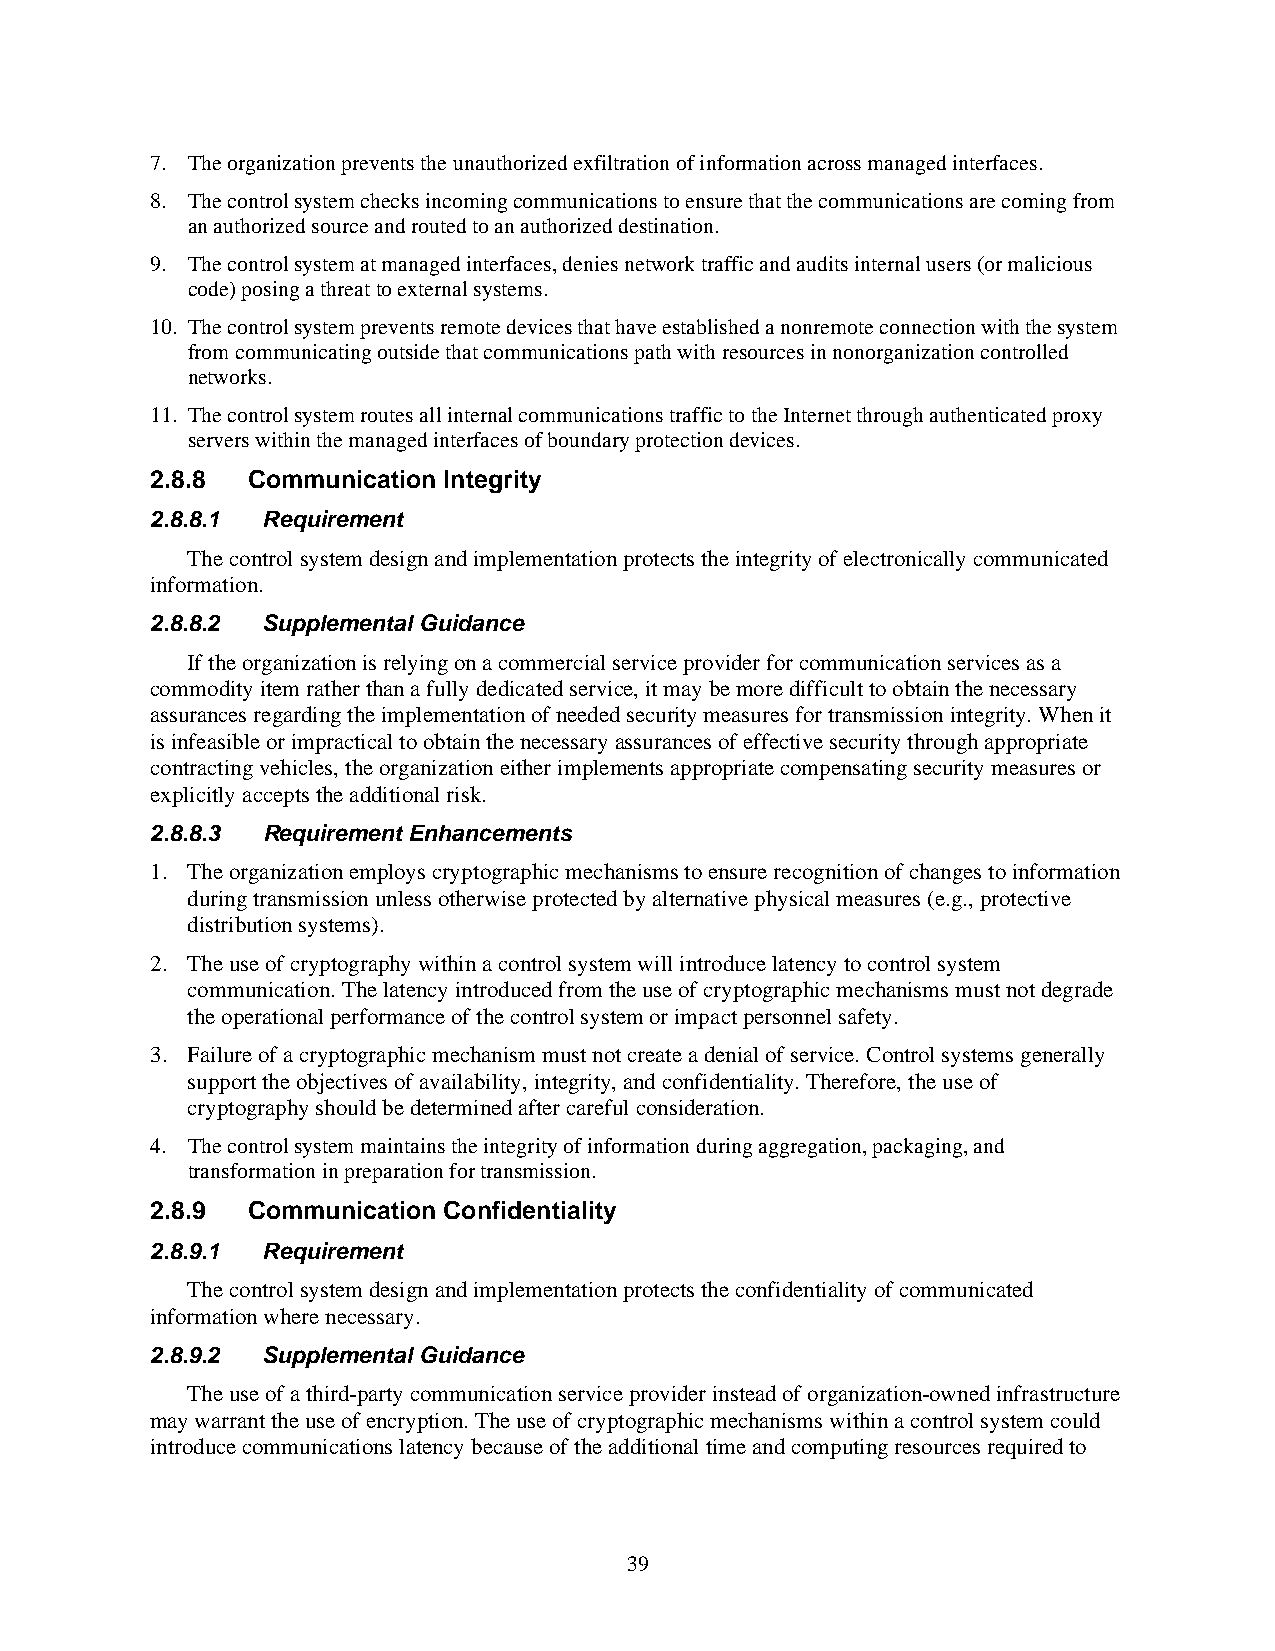
7. The organization prevents the unauthorized exfiltration of information across managed interfaces.
 8. The control system checks incoming communications to ensure that the communications are coming from
 an authorized source and routed to an authorized destination.
 9. The control system at managed interfaces, denies network traffic and audits internal users (or malicious
 code) posing a threat to external systems.
 10. The control system prevents remote devices that have established a nonremote connection with the system
 from communicating outside that communications path with resources in nonorganization controlled
 networks.
 11. The control system routes all internal communications traffic to the Internet through authenticated proxy
 servers within the managed interfaces of boundary protection devices.
 2.8.8 Communication Integrity
 2.8.8.1 Requirement
 The control system design and implementation protects the integrity of electronically communicated
 information.
 2.8.8.2 Supplemental Guidance
 If the organization is relying on a commercial service provider for communication services as a
 commodity item rather than a fully dedicated service, it may be more difficult to obtain the necessary
 assurances regarding the implementation of needed security measures for transmission integrity. When it
 is infeasible or impractical to obtain the necessary assurances of effective security through appropriate
 contracting vehicles, the organization either implements appropriate compensating security measures or
 explicitly accepts the additional risk.
 2.8.8.3 Requirement Enhancements
 1. The organization employs cryptographic mechanisms to ensure recognition of changes to information
 during transmission unless otherwise protected by alternative physical measures (e.g., protective
 distribution systems).
 2. The use of cryptography within a control system will introduce latency to control system
 communication. The latency introduced from the use of cryptographic mechanisms must not degrade
 the operational performance of the control system or impact personnel safety.
 3. Failure of a cryptographic mechanism must not create a denial of service. Control systems generally
 support the objectives of availability, integrity, and confidentiality. Therefore, the use of
 cryptography should be determined after careful consideration.
 4. The control system maintains the integrity of information during aggregation, packaging, and
 transformation in preparation for transmission.
 2.8.9 Communication Confidentiality
 2.8.9.1 Requirement
 The control system design and implementation protects the confidentiality of communicated
 information where necessary.
 2.8.9.2 Supplemental Guidance
 The use of a third-party communication service provider instead of organization-owned infrastructure
 may warrant the use of encryption. The use of cryptographic mechanisms within a control system could
 introduce communications latency because of the additional time and computing resources required to
 39